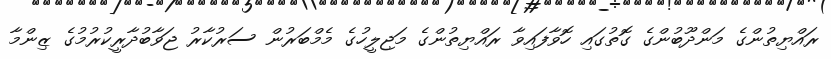
ރައްޔިތުންގެ މަންދޫބުންގެ ގޮތުގައި ހޮވާފައިވާ ރައްޔިތުންގެ މަޖިލީހުގެ މެމްބަރުން ސަރުކާރު ޖަވާބުދާރީކުރުމުގެ ޒިންމާ